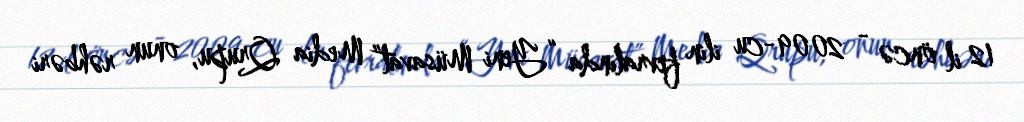
12 il öncə - 2009-cu ilin fevralında “Yeni Müsavat” Media Qrupu, onun rəhbəri